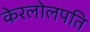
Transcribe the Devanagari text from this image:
केरलोलपति